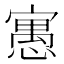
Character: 𡪾